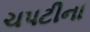
ચપટીના